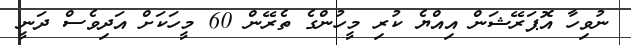
ނުވިހާ އޮޕަރޭޝަން އިއްޔެ ކުރި މީހުންގެ ތެރޭން 60 މީހަކަށް އަދިވެސް ދަނީ